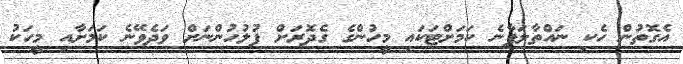
އެގޮތުން ހެކި ނައްތާލަފާނެ ކަމަށްޓަކައި މީހުންގެ ގެދޮރަށް ފުލުހުންނަށް ވަދެވޭނެ ކަމަށާއި މީހަކު